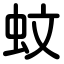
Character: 蚊